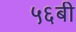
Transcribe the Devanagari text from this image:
५६बी